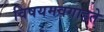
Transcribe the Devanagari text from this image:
विषयमवगाहते